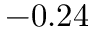
- 0 . 2 4